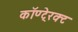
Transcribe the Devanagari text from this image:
कॉण्टे्रक्ट